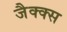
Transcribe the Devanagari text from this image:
जैक्क्स